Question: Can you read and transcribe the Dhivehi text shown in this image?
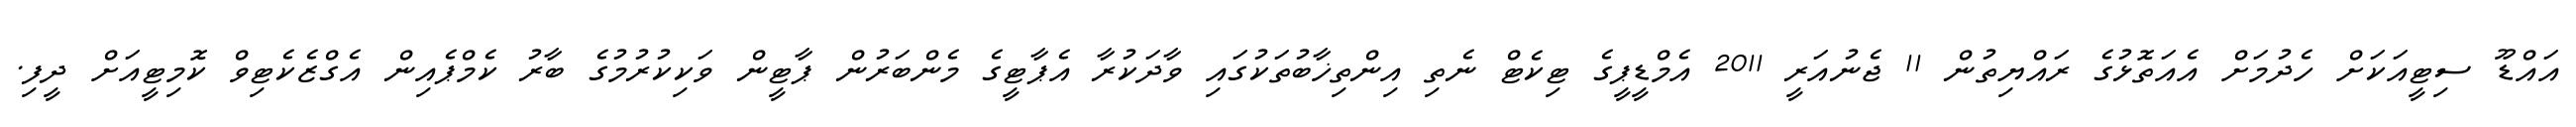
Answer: އައްޑޫ ސިޓީއަކަށް ހެދުމަށް އެއަތޮޅުގެ ރައްޔިތުން 11 ޖެނުއަރީ 2011 އެމްޑީޕީގެ ޓިކެޓް ނެތި އިންތިޚާބުތަކުގައި ވާދަކުރާ އެޕާޓީގެ މެންބަރުން ޕާޓީން ވަކިކުރުމުގެ ބާރު ކެމްޕެއިން އެގްޒެކެޓިވް ކޮމިޓީއަށް ދީފި.